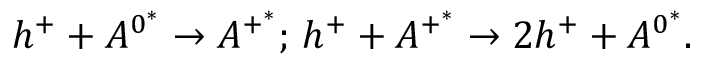
{ h ^ { + } } + { A ^ { 0 ^ { * } } } \rightarrow { A ^ { + ^ { * } } } ; \, { h ^ { + } } + { A ^ { + ^ { * } } } \rightarrow 2 { h ^ { + } } + { A ^ { 0 ^ { * } } } .